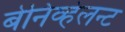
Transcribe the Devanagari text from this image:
बेनिव्हेलन्ट